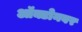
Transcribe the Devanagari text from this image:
ऑक्टोनबर